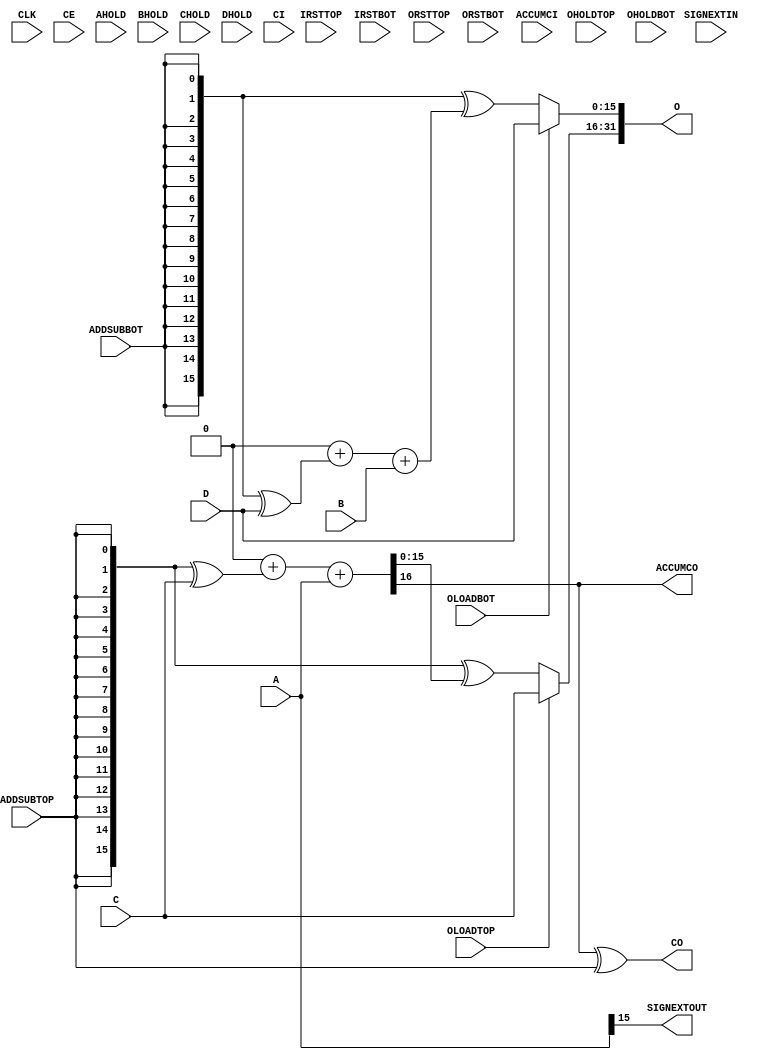
//###############################################################################
//# N1 - Behavioral Model of the SB_MAC16 DSP Cell                              #
//###############################################################################
//#    Copyright 2018 - 2019 Dirk Heisswolf                                     #
//#    This file is part of the N1 project.                                     #
//#                                                                             #
//#    N1 is free software: you can redistribute it and/or modify               #
//#    it under the terms of the GNU General Public License as published by     #
//#    the Free Software Foundation, either version 3 of the License, or        #
//#    (at your option) any later version.                                      #
//#                                                                             #
//#    N1 is distributed in the hope that it will be useful,                    #
//#    but WITHOUT ANY WARRANTY; without even the implied warranty of           #
//#    MERCHANTABILITY or FITNESS FOR A PARTICULAR PURPOSE.  See the            #
//#    GNU General Public License for more details.                             #
//#                                                                             #
//#    You should have received a copy of the GNU General Public License        #
//#    along with N1.  If not, see <http://www.gnu.org/licenses/>.              #
//###############################################################################
//# Description:                                                                #
//#    This is a behavioral model of the SB_MAC16 DSP cell, which is available  #
//#    on several Lattice iCE40 FPGA devices. This model has been written based #
//#    on the public documentation from Lattice.                                #
//#                                                                             #
//###############################################################################
//# Version History:                                                            #
//#   January 25, 2019                                                          #
//#      - Initial release                                                      #
//###############################################################################
`default_nettype none

module SB_MAC16
  #(parameter   NEG_TRIGGER              = 1'b0,              //Clock edge -> active clock edge (0:posedge, 1:negedge)
    parameter   C_REG                    = 1'b0,              //C0         -> hold register C (0:bypass, 1:use)
    parameter   A_REG                    = 1'b0,              //C1         -> hold register A (0:bypass, 1:use)
    parameter   B_REG                    = 1'b0,              //C2         -> hold register B (0:bypass, 1:use)
    parameter   D_REG                    = 1'b0,              //C3         -> hold register D (0:bypass, 1:use)
    parameter   TOP_8x8_MULT_REG         = 1'b0,              //C4         -> pipeline register F (0:bypass, 1:use)
    parameter   BOT_8x8_MULT_REG         = 1'b0,              //C5         -> pipeline register G (0:bypass, 1:use)
    parameter   PIPELINE_16x16_MULT_REG1 = 1'b0,              //C6         -> pipeline registers J and K (0:bypass, 1:use)
    parameter   PIPELINE_16x16_MULT_REG2 = 1'b0,              //C7         -> pipeline register  H (0:bypass, 1:use)
    parameter   TOPOUTPUT_SELECT         = 2'b00,             //C8,C9      -> upper output O select
    parameter   TOPADDSUB_LOWERINPUT     = 2'b00,             //C10,C11    -> upper adder input select
    parameter   TOPADDSUB_UPPERINPUT     = 1'b1,              //C12        -> input W (0:accu Q, 1:input C)
    parameter   TOPADDSUB_CARRYSELECT    = 2'b00,             //C13,C14    -> upper adder carry select
    parameter   BOTOUTPUT_SELECT         = 2'b00,             //C15,C16    -> lower output O select
    parameter   BOTADDSUB_LOWERINPUT     = 2'b00,             //C17,C18    -> input Z select
    parameter   BOTADDSUB_UPPERINPUT     = 1'b1,              //C19        -> input Y select
    parameter   BOTADDSUB_CARRYSELECT    = 2'b00,             //C20,C21    -> lower adder carry select
    parameter   MODE_8x8                 = 1'b1,              //C22        -> power safe
    parameter   A_SIGNED                 = 1'b0,              //C23        -> input A (0:unsigned, 1:signed)
    parameter   B_SIGNED                 = 1'b0)              //C24        -> input B (0:unsigned, 1:signed)
   (input  wire                CLK,                           //clock input
    input  wire                CE,                            //clock enable
    input  wire [15:0]         C,                             //adder input
    input  wire [15:0]         A,                             //multiplier input
    input  wire [15:0]         B,                             //multiplier input
    input  wire [15:0]         D,                             //adder input
    input  wire                AHOLD,                         //pipeline register control
    input  wire                BHOLD,                         //pipeline register control
    input  wire                CHOLD,                         //pipeline register control
    input  wire                DHOLD,                         //pipeline register control
    input  wire                IRSTTOP,                       //pipeline register reset
    input  wire                IRSTBOT,                       //pipeline register reset
    input  wire                ORSTTOP,                       //pipeline register reset
    input  wire                ORSTBOT,                       //pipeline register  reset
    input  wire                OLOADTOP,                      //bypass
    input  wire                OLOADBOT,                      //bypass
    input  wire                ADDSUBTOP,                     //add/subtract
    input  wire                ADDSUBBOT,                     //add/subtract
    input  wire                OHOLDTOP,                      //pipeline register control
    input  wire                OHOLDBOT,                      //pipeline register control
    input  wire                CI,                            //carry input
    input  wire                ACCUMCI,                       //carry input
    input  wire                SIGNEXTIN,                     //sign extension
    output wire [31:0]         O,                             //result
    output wire                CO,                            //carry output
    output wire                ACCUMCO,                       //carry output
    output wire                SIGNEXTOUT);                   //sign extension output

   //Clock
   reg                         CLK_gated;                     //gated internal clock

   //Hold and pipeline registers
   reg  [15:0]                 A_reg;
   reg  [15:0]                 B_reg;
   reg  [15:0]                 C_reg;
   reg  [15:0]                 D_reg;
   reg  [15:0]                 F_reg;
   reg  [15:0]                 G_reg;
   reg  [31:0]                 H_reg;
   reg  [15:0]                 J_reg;
   reg  [15:0]                 K_reg;
   reg  [15:0]                 Q_reg;
   reg  [15:0]                 S_reg;

   //Multiplexer outputs
   wire [15:0]                A_mux;
   wire [15:0]                B_mux;
   wire [15:0]                C_mux;
   wire [15:0]                D_mux;
   wire [15:0]                F_mux;
   wire [15:0]                G_mux;
   wire [31:0]                H_mux;
   wire [15:0]                J_mux;
   wire [15:0]                K_mux;
   wire [15:0]                P_mux;
   wire [15:0]                Q_mux;
   wire [15:0]                R_mux;
   wire [15:0]                S_mux;
   wire [15:0]                W_mux;
   wire [15:0]                X_mux;
   wire [15:0]                Y_mux;
   wire [15:0]                Z_mux;
   wire                     HCI_mux;
   wire                     LCI_mux;

   //Multiplier outputs
   wire [31:0]                F_mul;
   wire [23:0]                J_mul;
   wire [23:0]                K_mul;
   wire [15:0]                G_mul;

    //Adder outputs
   wire [31:0]                L_add;
   wire [16:0]                P_add;
   wire [16:0]                R_add;

   //Clock
   //------
   always @(CLK)
     CLK_gated = (CLK ^ NEG_TRIGGER) & CE;

   //Hold and pipeline registers
   //---------------------------
   //A
   always @(posedge CLK_gated or posedge IRSTTOP)
     if (IRSTTOP)
       A_reg <= 16'h0000;
     else if (~AHOLD)
       A_reg <= A;

   //B
   always @(posedge CLK_gated or posedge IRSTBOT)
     if (IRSTBOT)
       B_reg <= 16'h0000;
     else if (~BHOLD)
       B_reg <= B;

   //C
   always @(posedge CLK_gated or posedge IRSTTOP)
     if (IRSTTOP)
       C_reg <= 16'h0000;
     else if (~CHOLD)
       C_reg <= C;

   //D
   always @(posedge CLK_gated or posedge IRSTBOT)
     if (IRSTBOT)
       D_reg <= 16'h0000;
     else if (~DHOLD)
       D_reg <= D;

   //F
   always @(posedge CLK_gated or posedge IRSTTOP)
     if (IRSTTOP)
       F_reg <= 16'h0000;
     else if (~|MODE_8x8)
       F_reg <= F_mul[15:0];

   //G
   always @(posedge CLK_gated or posedge IRSTBOT)
     if (IRSTBOT)
       G_reg <= 16'h0000;
     else if (~|MODE_8x8)
       G_reg <= G_mul[15:0];

   //H
   always @(posedge CLK_gated or posedge IRSTBOT)
     if (IRSTBOT)
       H_reg <= 32'h00000000;
     else if (~|MODE_8x8)
       H_reg <= L_add[31:0];

   //J
   always @(posedge CLK_gated or posedge IRSTTOP)
     if (IRSTTOP)
       J_reg <= 16'h0000;
     else if (~|MODE_8x8)
       J_reg <= J_mul[15:0];

   //K
   always @(posedge CLK_gated or posedge IRSTBOT)
     if (IRSTBOT)
       K_reg <= 16'h0000;
     else if (~|MODE_8x8)
       K_reg <= K_mul[15:0];

   //Q
   always @(posedge CLK_gated or posedge ORSTTOP)
     if (ORSTTOP)
       Q_reg <= 16'h0000;
     else if (~OHOLDTOP)
       Q_reg <= P_mux;

   //S
   always @(posedge CLK_gated or posedge ORSTBOT)
     if (ORSTBOT)
       S_reg <= 16'h0000;
     else if (~OHOLDBOT)
       S_reg <= R_mux;

   //Multiplexers
   //------------
   //A
   assign A_mux = |A_REG ? A_reg : A;

   //B
   assign B_mux = |B_REG ? B_reg : B;

   //C
   assign C_mux = |C_REG ? C_reg : C;

   //D
   assign D_mux = |D_REG ? D_reg : D;

   //F
   assign F_mux = |TOP_8x8_MULT_REG ? F_reg : F_mul[15:0];

   //G
   assign G_mux = |BOT_8x8_MULT_REG ? G_reg : G_mul[15:0];

   //H
   assign H_mux = |PIPELINE_16x16_MULT_REG2 ? H_reg : L_add[31:0];

   //J
   assign J_mux = |PIPELINE_16x16_MULT_REG1 ? J_reg : J_mul[15:0];

   //K
   assign K_mux = |PIPELINE_16x16_MULT_REG1 ? K_reg : K_mul[15:0];

   //P
   assign P_mux = OLOADTOP ? C_mux : {16{ADDSUBTOP}} ^ P_add[15:0];

   //Q
   assign Q_mux = TOPOUTPUT_SELECT[1] ? (TOPOUTPUT_SELECT[0] ? H_mux[31:16] :
                                                               F_mux)       :
                                        (TOPOUTPUT_SELECT[0] ? Q_reg        :
                                                               P_mux);

   //R
   assign R_mux = OLOADBOT ? D_mux : {16{ADDSUBBOT}} ^ R_add[15:0];

   //S
   assign S_mux = BOTOUTPUT_SELECT[1] ? (BOTOUTPUT_SELECT[0] ? H_mux[15:0] :
                                                               G_mux)      :
                                        (BOTOUTPUT_SELECT[0] ? S_reg       :
                                                               R_mux);

   //W
   assign W_mux = |TOPADDSUB_UPPERINPUT ? C_mux : Q_reg;

   //X
   assign X_mux = TOPADDSUB_LOWERINPUT[1] ? (TOPADDSUB_LOWERINPUT[0] ? {16{Z_mux[15]}} :
                                                                       H_mux[31:16])   :
                                            (TOPADDSUB_LOWERINPUT[0] ? F_mux           :
                                                                       A_mux);

   //Y
   assign Y_mux = |BOTADDSUB_UPPERINPUT ? D_mux : S_reg;

   //Z
   assign Z_mux = BOTADDSUB_LOWERINPUT[1] ? (BOTADDSUB_LOWERINPUT[0] ? {16{SIGNEXTIN}} :
                                                                       H_mux[15:0])    :
                                            (BOTADDSUB_LOWERINPUT[0] ? G_mux           :
                                                                       B_mux);

   //HCI
   assign HCI_mux = TOPADDSUB_CARRYSELECT[1] ? (TOPADDSUB_CARRYSELECT[0] ? ADDSUBBOT ^ R_add[16] :
                                                                           R_add[16])            :
                                                TOPADDSUB_CARRYSELECT[0];

   //LCI
   assign LCI_mux = BOTADDSUB_CARRYSELECT[1] ? (BOTADDSUB_CARRYSELECT[0] ? CI       :
                                                                           ACCUMCI) :
                                                BOTADDSUB_CARRYSELECT[0];

   //Multipliers
   //-----------
   //F
   assign F_mul = {{8{|A_SIGNED & A_mux[15]}}, A_mux[15:8]} *
                  {{8{|B_SIGNED & B_mux[15]}}, B_mux[15:8]};

   //G
   assign G_mul = A_mux[7:0] * B_mux[7:0];

   //J
   assign J_mul = A_mux[7:0] *
                  {{8{|B_SIGNED & B_mux[15]}}, B_mux[15:8]};

   //K
   assign K_mul = {{8{|A_SIGNED & A_mux[15]}}, A_mux[15:8]} *
                  B_mux[7:0];

   //Adders
   //------
   assign L_add = {F_mux, 16'h0000}                          +
                  {16'h0000, G_mux}                          +
                  {{8{|B_SIGNED & J_mux[15]}}, J_mux, 8'h00} +
                  {{8{|MODE_8x8 & K_mux[15]}}, K_mux, 8'h00};

   assign P_add = {16'h0000, HCI_mux}             +
                  {1'b0, {16{ADDSUBTOP}} ^ W_mux} +
                  {1'b0, X_mux};

   assign R_add = {16'h0000, LCI_mux}       +
                  {1'b0, {16{ADDSUBBOT}} ^ Y_mux} +
                  {1'b0, Z_mux};

   //Outputs
   //-------
   assign SIGNEXTOUT = X_mux[15];
   assign CO         = P_add[16] ^ ADDSUBTOP;
   assign ACCUMCO    = P_add[16];
   assign O          = {Q_mux, S_mux};

endmodule // SB_MAC16